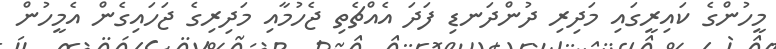
މީހުންގެ ކައިރީގައި މަދިރި ދުންދަނޑި ފަދަ އެއްޗެތި ޖެހުމާއި މަދިރިގެ ޖަހައިގެން އެމީހުން